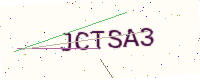
Text: JCTSA3